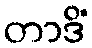
တာဒိံ